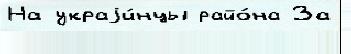
На украjи́нцы райо́на За